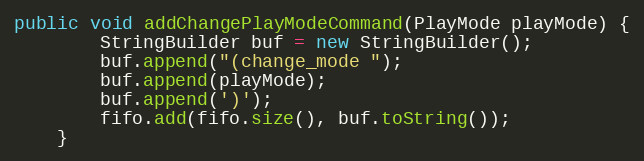
Language: Java
public void addChangePlayModeCommand(PlayMode playMode) {
        StringBuilder buf = new StringBuilder();
        buf.append("(change_mode ");
        buf.append(playMode);
        buf.append(')');
        fifo.add(fifo.size(), buf.toString());
    }